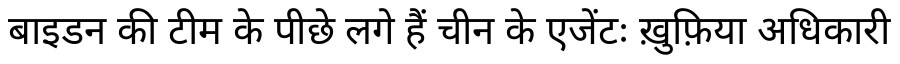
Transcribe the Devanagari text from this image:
बाइडन की टीम के पीछे लगे हैं चीन के एजेंटः ख़ुफ़िया अधिकारी